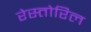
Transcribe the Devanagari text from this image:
रेस्तोरिल